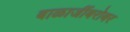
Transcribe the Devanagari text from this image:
बाळाजींबरोबर